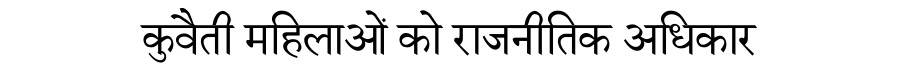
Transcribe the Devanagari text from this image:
कुवैती महिलाओं को राजनीतिक अधिकार